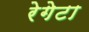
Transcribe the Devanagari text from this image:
रेगेटा